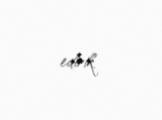
edirik.